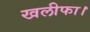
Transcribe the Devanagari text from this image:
खलीफा।